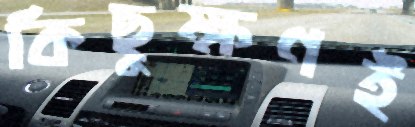
কিছুক্ষণই